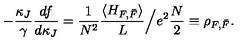
- \frac { \kappa _ { J } } { \gamma } \frac { d f } { d \kappa _ { J } } = \frac { 1 } { N ^ { 2 } } \frac { \langle H _ { F , \bar { F } } \rangle } { L } \Big / e ^ { 2 } \frac { N } { 2 } \equiv \rho _ { F , \bar { F } } .